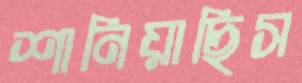
শানিয়াছিস